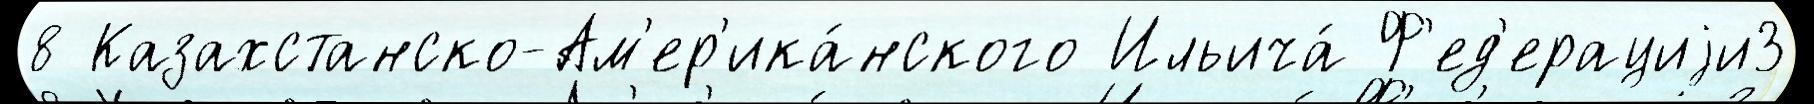
8 Казахстанско-Ам'ер'ика́нского Ильича́ Ф'ед'ерациjи3